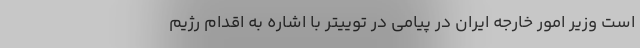
است وزیر امور خارجه ایران در پیامی در توییتر با اشاره به اقدام رژیم